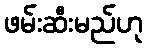
ဖမ်းဆီးမည်ဟု